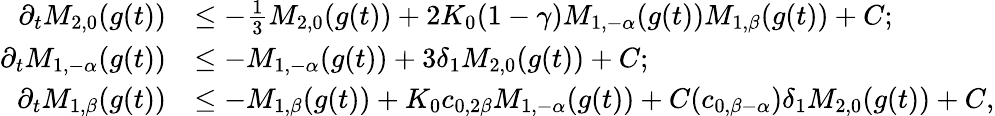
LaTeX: \begin{array}{rl}{\partial_{t}M_{2,0}(g(t))}&{\leq-\frac{1}{3}M_{2,0}(g(t))+2K_{0}(1-\gamma)M_{1,-\alpha}(g(t))M_{1,\beta}(g(t))+C;}\\ {\partial_{t}M_{1,-\alpha}(g(t))}&{\leq-M_{1,-\alpha}(g(t))+3\delta_{1}M_{2,0}(g(t))+C;}\\ {\partial_{t}M_{1,\beta}(g(t))}&{\leq-M_{1,\beta}(g(t))+K_{0}c_{0,2\beta}M_{1,-\alpha}(g(t))+C(c_{0,\beta-\alpha})\delta_{1}M_{2,0}(g(t))+C,}\end{array}